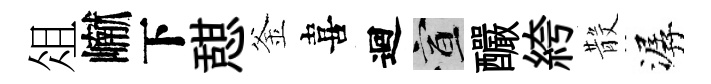
俎𪩘下憇釜喜迴宣釅絝𣪚潺